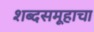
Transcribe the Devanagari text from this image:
शब्दसमूहाचा